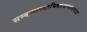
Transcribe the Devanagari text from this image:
सम्बन्धस्याभिधानान्तोदनाद्वा